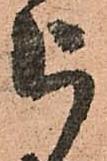
被